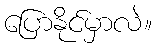
ပြောနိုင်မှာလဲ။